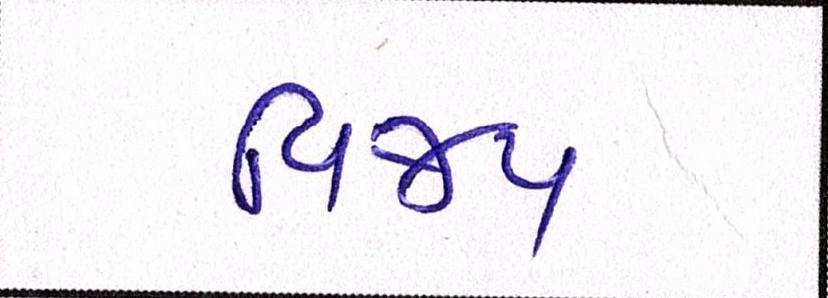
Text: વિજય